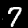
Digit: 7